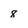
Character: 8